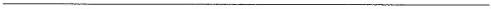
___